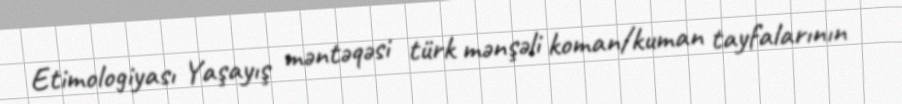
Etimologiyası Yaşayış məntəqəsi türk mənşəli koman/kuman tayfalarının